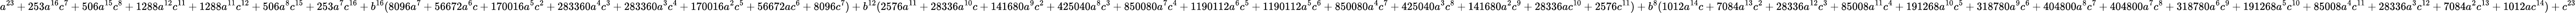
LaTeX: a^{23}+253a^{16}c^{7}+506a^{15}c^{8}+1288a^{12}c^{11}+1288a^{11}c^{12}+506a^{8}c^{15}+253a^{7}c^{16}+b^{16}(8096a^{7}+56672a^{6}c+170016a^{5}c^{2}+283360a^{4}c^{3}+283360a^{3}c^{4}+170016a^{2}c^{5}+56672ac^{6}+8096c^{7})+b^{12}(2576a^{11}+28336a^{10}c+141680a^{9}c^{2}+425040a^{8}c^{3}+850080a^{7}c^{4}+1190112a^{6}c^{5}+1190112a^{5}c^{6}+850080a^{4}c^{7}+425040a^{3}c^{8}+141680a^{2}c^{9}+28336ac^{10}+2576c^{11})+b^{8}(1012a^{14}c+7084a^{13}c^{2}+28336a^{12}c^{3}+85008a^{11}c^{4}+191268a^{10}c^{5}+318780a^{9}c^{6}+404800a^{8}c^{7}+404800a^{7}c^{8}+318780a^{6}c^{9}+191268a^{5}c^{10}+85008a^{4}c^{11}+28336a^{3}c^{12}+7084a^{2}c^{13}+1012ac^{14})+c^{23}